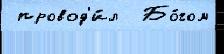
 провод'и́л  Бо́гом